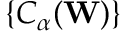
\{ C _ { \alpha } ( \mathbf { W } ) \}